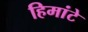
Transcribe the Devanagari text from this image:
हिमांटे